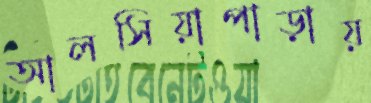
আলসিয়াপাড়ায়